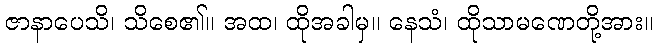
ဇာနာပေသိ၊ သိစေ၏။ အထ၊ ထိုအခါမှ။ နေသံ၊ ထိုသာမဏေတို့အား။